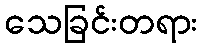
သေခြင်းတရား